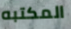
المكتبه